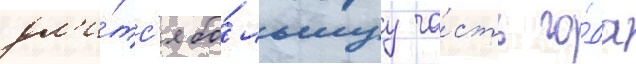
дл'и́тс'я бо́льшуу ча́сть го́да